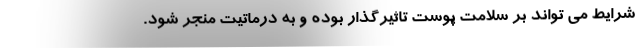
شرایط می تواند بر سلامت پوست تاثیرگذار بوده و به درماتیت منجر شود.